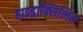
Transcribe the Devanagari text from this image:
हाइड्राक्सिलित